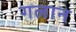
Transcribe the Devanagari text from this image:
गलान